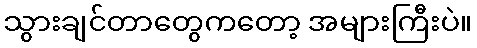
သွားချင်တာတွေကတော့ အများကြီးပဲ။